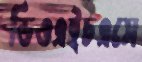
ডিওএইচএসে